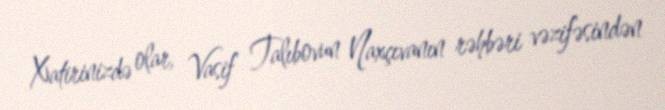
Xatirinizdə olar, Vasif Talıbovun Naxçıvanın rəhbəri vəzifəsindən